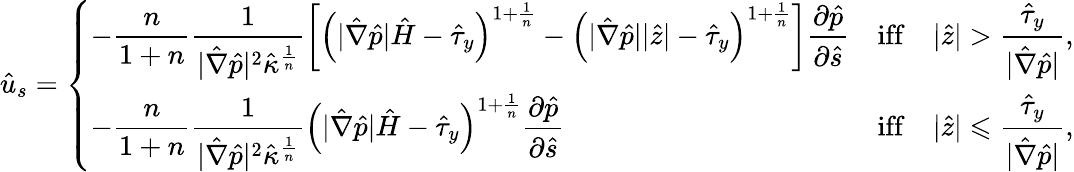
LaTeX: \hat{u}_{s}=\left\{ \begin{array}{ll}{-\displaystyle\frac{n}{1+n}\frac{1}{|\hat{\nabla}\hat{p}|^{2}\hat{\kappa}^{\frac{1}{n}}}\left[\left(|\hat{\nabla}\hat{p}|\hat{H}-\hat{\tau}_{y}\right)^{1+\frac{1}{n}}-\left(|\hat{\nabla}\hat{p}|\vert\hat{z}\vert-\hat{\tau}_{y}\right)^{1+\frac{1}{n}}\right]\frac{\partial\hat{p}}{\partial\hat{s}}}&{\mathrm{iff}\quad\vert\hat{z}\vert>\displaystyle\frac{\hat{\tau}_{y}}{|\hat{\nabla}\hat{p}|},}\\ {\displaystyle-\frac{n}{1+n}\frac{1}{|\hat{\nabla}\hat{p}|^{2}\hat{\kappa}^{\frac{1}{n}}}\left(|\hat{\nabla}\hat{p}|\hat{H}-\hat{\tau}_{y}\right)^{1+\frac{1}{n}}\frac{\partial\hat{p}}{\partial\hat{s}}}&{\mathrm{iff}\quad\vert\hat{z}\vert\leqslant\displaystyle\frac{\hat{\tau}_{y}}{|\hat{\nabla}\hat{p}|},}\end{array}\right.